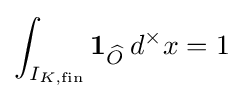
\int _{I_{K,{\text{fin}}}}\mathbf {1} _{\widehat {O}}\,d^{\times }x=1